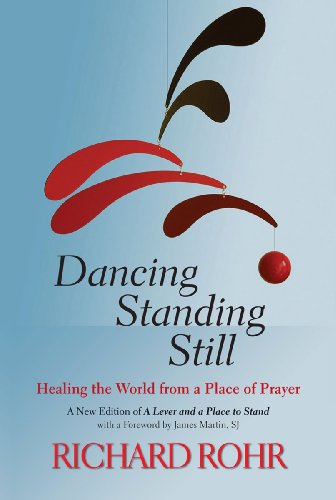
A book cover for Dancing Standing Still: Healing the World from a Place of Prayer; A New Edition of A Lever and a Place to Stand; Richard Rohr; Religion & Spirituality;